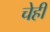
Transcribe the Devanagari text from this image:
चेही